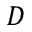
D